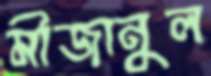
মীজানুল